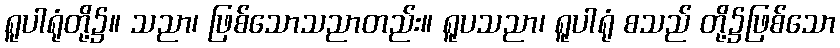
ရူပါရုံတို့၌။ သညာ၊ ဖြစ်သောသညာတည်း။ ရူပသညာ၊ ရူပါရုံ စသည် တို့၌ဖြစ်သော